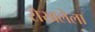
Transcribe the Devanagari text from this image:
रोखलेला